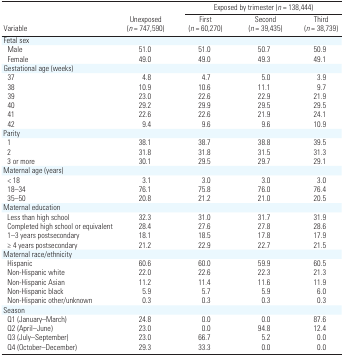
<table><thead><tr><td rowspan="2"><b>Variable</b></td><td rowspan="2"><b>Unexposed (n = 747,590)</b></td><td colspan="5"><b>Exposed by trimester (n = 138,444)</b></td></tr><tr><td><b>First (n = 60,270)</b></td><td><b>Second (n = 39,435)</b></td><td><b>Third (n = 38,739)</b></td></tr></thead><tbody><tr><td>Fetal sex</td><td></td><td></td><td></td><td></td><td></td><td></td><td></td><td></td></tr><tr><td>Male</td><td></td><td>51.0</td><td></td><td>51.0</td><td></td><td>50.7</td><td></td><td>50.9</td></tr><tr><td>Female</td><td></td><td>49.0</td><td></td><td>49.0</td><td></td><td>49.3</td><td></td><td>49.1</td></tr><tr><td>Gestational age (weeks)</td><td></td><td></td><td></td><td></td><td></td><td></td><td></td><td></td></tr><tr><td>37</td><td></td><td>4.8</td><td></td><td>4.7</td><td></td><td>5.0</td><td></td><td>3.9</td></tr><tr><td>38</td><td></td><td>10.9</td><td></td><td>10.6</td><td></td><td>11.1</td><td></td><td>9.7</td></tr><tr><td>39</td><td></td><td>23.0</td><td></td><td>22.6</td><td></td><td>22.9</td><td></td><td>21.9</td></tr><tr><td>40</td><td></td><td>29.2</td><td></td><td>29.9</td><td></td><td>29.5</td><td></td><td>29.5</td></tr><tr><td>41</td><td></td><td>22.6</td><td></td><td>22.6</td><td></td><td>21.9</td><td></td><td>24.1</td></tr><tr><td>42</td><td></td><td>9.4</td><td></td><td>9.6</td><td></td><td>9.6</td><td></td><td>10.9</td></tr><tr><td>Parity</td><td></td><td></td><td></td><td></td><td></td><td></td><td></td><td></td></tr><tr><td>1</td><td></td><td>38.1</td><td></td><td>38.7</td><td></td><td>38.8</td><td></td><td>39.5</td></tr><tr><td>2</td><td></td><td>31.8</td><td></td><td>31.8</td><td></td><td>31.5</td><td></td><td>31.3</td></tr><tr><td>3 or more</td><td></td><td>30.1</td><td></td><td>29.5</td><td></td><td>29.7</td><td></td><td>29.1</td></tr><tr><td>Maternal age (years)</td><td></td><td></td><td></td><td></td><td></td><td></td><td></td><td></td></tr><tr><td>&lt; 18</td><td></td><td>3.1</td><td></td><td>3.0</td><td></td><td>3.0</td><td></td><td>3.0</td></tr><tr><td>18–34</td><td></td><td>76.1</td><td></td><td>75.8</td><td></td><td>76.0</td><td></td><td>76.4</td></tr><tr><td>35–50</td><td></td><td>20.8</td><td></td><td>21.2</td><td></td><td>21.0</td><td></td><td>20.5</td></tr><tr><td>Maternal education</td><td></td><td></td><td></td><td></td><td></td><td></td><td></td><td></td></tr><tr><td>Less than high school</td><td></td><td>32.3</td><td></td><td>31.0</td><td></td><td>31.7</td><td></td><td>31.9</td></tr><tr><td>Completed high school or equivalent</td><td></td><td>28.4</td><td></td><td>27.6</td><td></td><td>27.8</td><td></td><td>28.6</td></tr><tr><td>1–3 years postsecondary</td><td></td><td>18.1</td><td></td><td>18.5</td><td></td><td>17.8</td><td></td><td>17.9</td></tr><tr><td>≥ 4 years postsecondary</td><td></td><td>21.2</td><td></td><td>22.9</td><td></td><td>22.7</td><td></td><td>21.5</td></tr><tr><td>Maternal race/ethnicity</td><td></td><td></td><td></td><td></td><td></td><td></td><td></td><td></td></tr><tr><td>Hispanic</td><td></td><td>60.6</td><td></td><td>60.0</td><td></td><td>59.9</td><td></td><td>60.5</td></tr><tr><td>Non-Hispanic white</td><td></td><td>22.0</td><td></td><td>22.6</td><td></td><td>22.3</td><td></td><td>21.3</td></tr><tr><td>Non-Hispanic Asian</td><td></td><td>11.2</td><td></td><td>11.4</td><td></td><td>11.6</td><td></td><td>11.9</td></tr><tr><td>Non-Hispanic black</td><td></td><td>5.9</td><td></td><td>5.7</td><td></td><td>5.9</td><td></td><td>6.0</td></tr><tr><td>Non-Hispanic other/unknown</td><td></td><td>0.3</td><td></td><td>0.3</td><td></td><td>0.3</td><td></td><td>0.3</td></tr><tr><td>Season</td><td></td><td></td><td></td><td></td><td></td><td></td><td></td><td></td></tr><tr><td>Q1 (January–March)</td><td></td><td>24.8</td><td></td><td>0.0</td><td></td><td>0.0</td><td></td><td>87.6</td></tr><tr><td>Q2 (April–June)</td><td></td><td>23.0</td><td></td><td>0.0</td><td></td><td>94.8</td><td></td><td>12.4</td></tr><tr><td>Q3 (July–September)</td><td></td><td>23.0</td><td></td><td>66.7</td><td></td><td>5.2</td><td></td><td>0.0</td></tr><tr><td>Q4 (October–December)</td><td></td><td>29.3</td><td></td><td>33.3</td><td></td><td>0.0</td><td></td><td>0.0</td></tr></tbody></table>